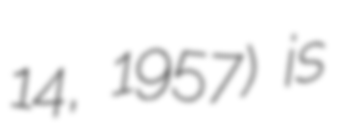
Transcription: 14, 1957) is